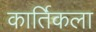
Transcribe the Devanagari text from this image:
कार्तिकला